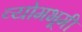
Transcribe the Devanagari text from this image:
व्योमभूमी